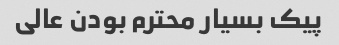
پیک بسیار محترم بودن عالی